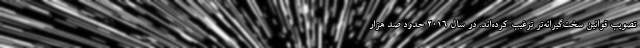
تصویب قوانین سخت‌گیرانه‌تر ترغیب کرده‌اند. در سال ۲۰۱۶ حدود صد هزار